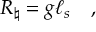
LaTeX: R _ { \natural } = g \ell _ { s } \quad ,